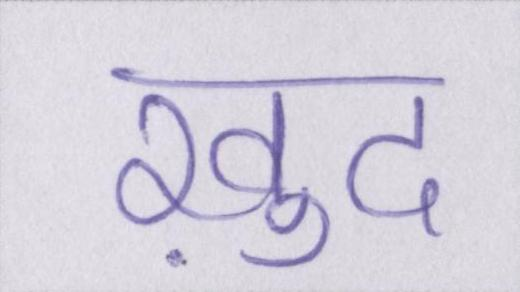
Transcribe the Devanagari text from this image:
ख़ुद